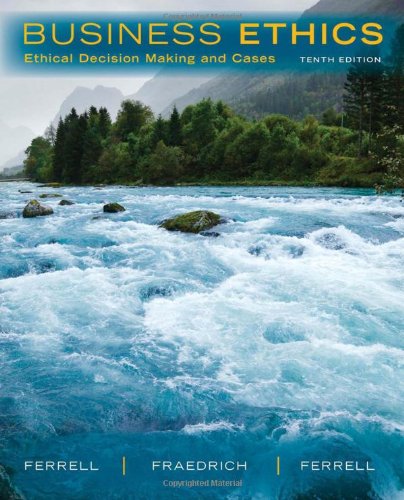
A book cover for Business Ethics: Ethical Decision Making & Cases; O. C. Ferrell; Business & Money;